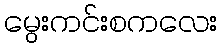
မွေးကင်းစကလေး